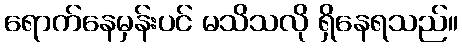
ရောက်နေမှန်းပင် မသိသလို ရှိနေရသည်။